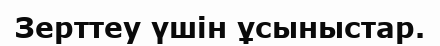
Зерттеу үшін ұсыныстар.